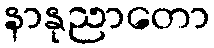
နာနုညာတော